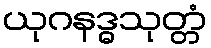
ယုဂနဒ္ဓသုတ္တံ